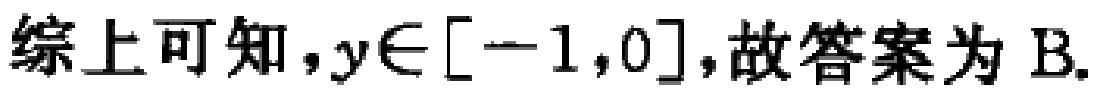
综上可知，\(y\in[-1,0]\)，故答案为B.